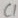
Text: C1